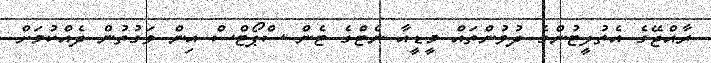
ރާއްޖޭގެ އެތުލީޓުންގެ ދުވުންތައް މީޑީއާ ނެޓްގެ ޓެން ސްޕޯޓްސް އިން ވަގުތުން ދެއްކުމަށް